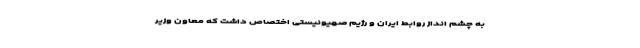
به چشم انداز روابط ایران و رژیم صهیونیستی اختصاص داشت که معاون وزیر